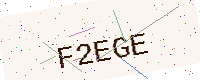
Text: F2EGE